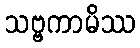
သဗ္ဗကာမိဿ